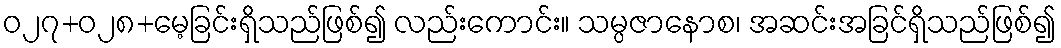
ဝ၂၇+၀၂၈+မေ့ခြင်းရှိသည်ဖြစ်၍ လည်းကောင်း။ သမ္ပဇာနောစ၊ အဆင်းအခြင်ရှိသည်ဖြစ်၍